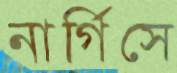
নার্গিসে